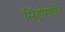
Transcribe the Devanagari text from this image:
सिंड्रोमहोने